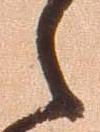
之